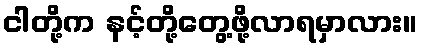
ငါတို့က နင့်တို့တွေ့ဖို့လာရမှာလား။